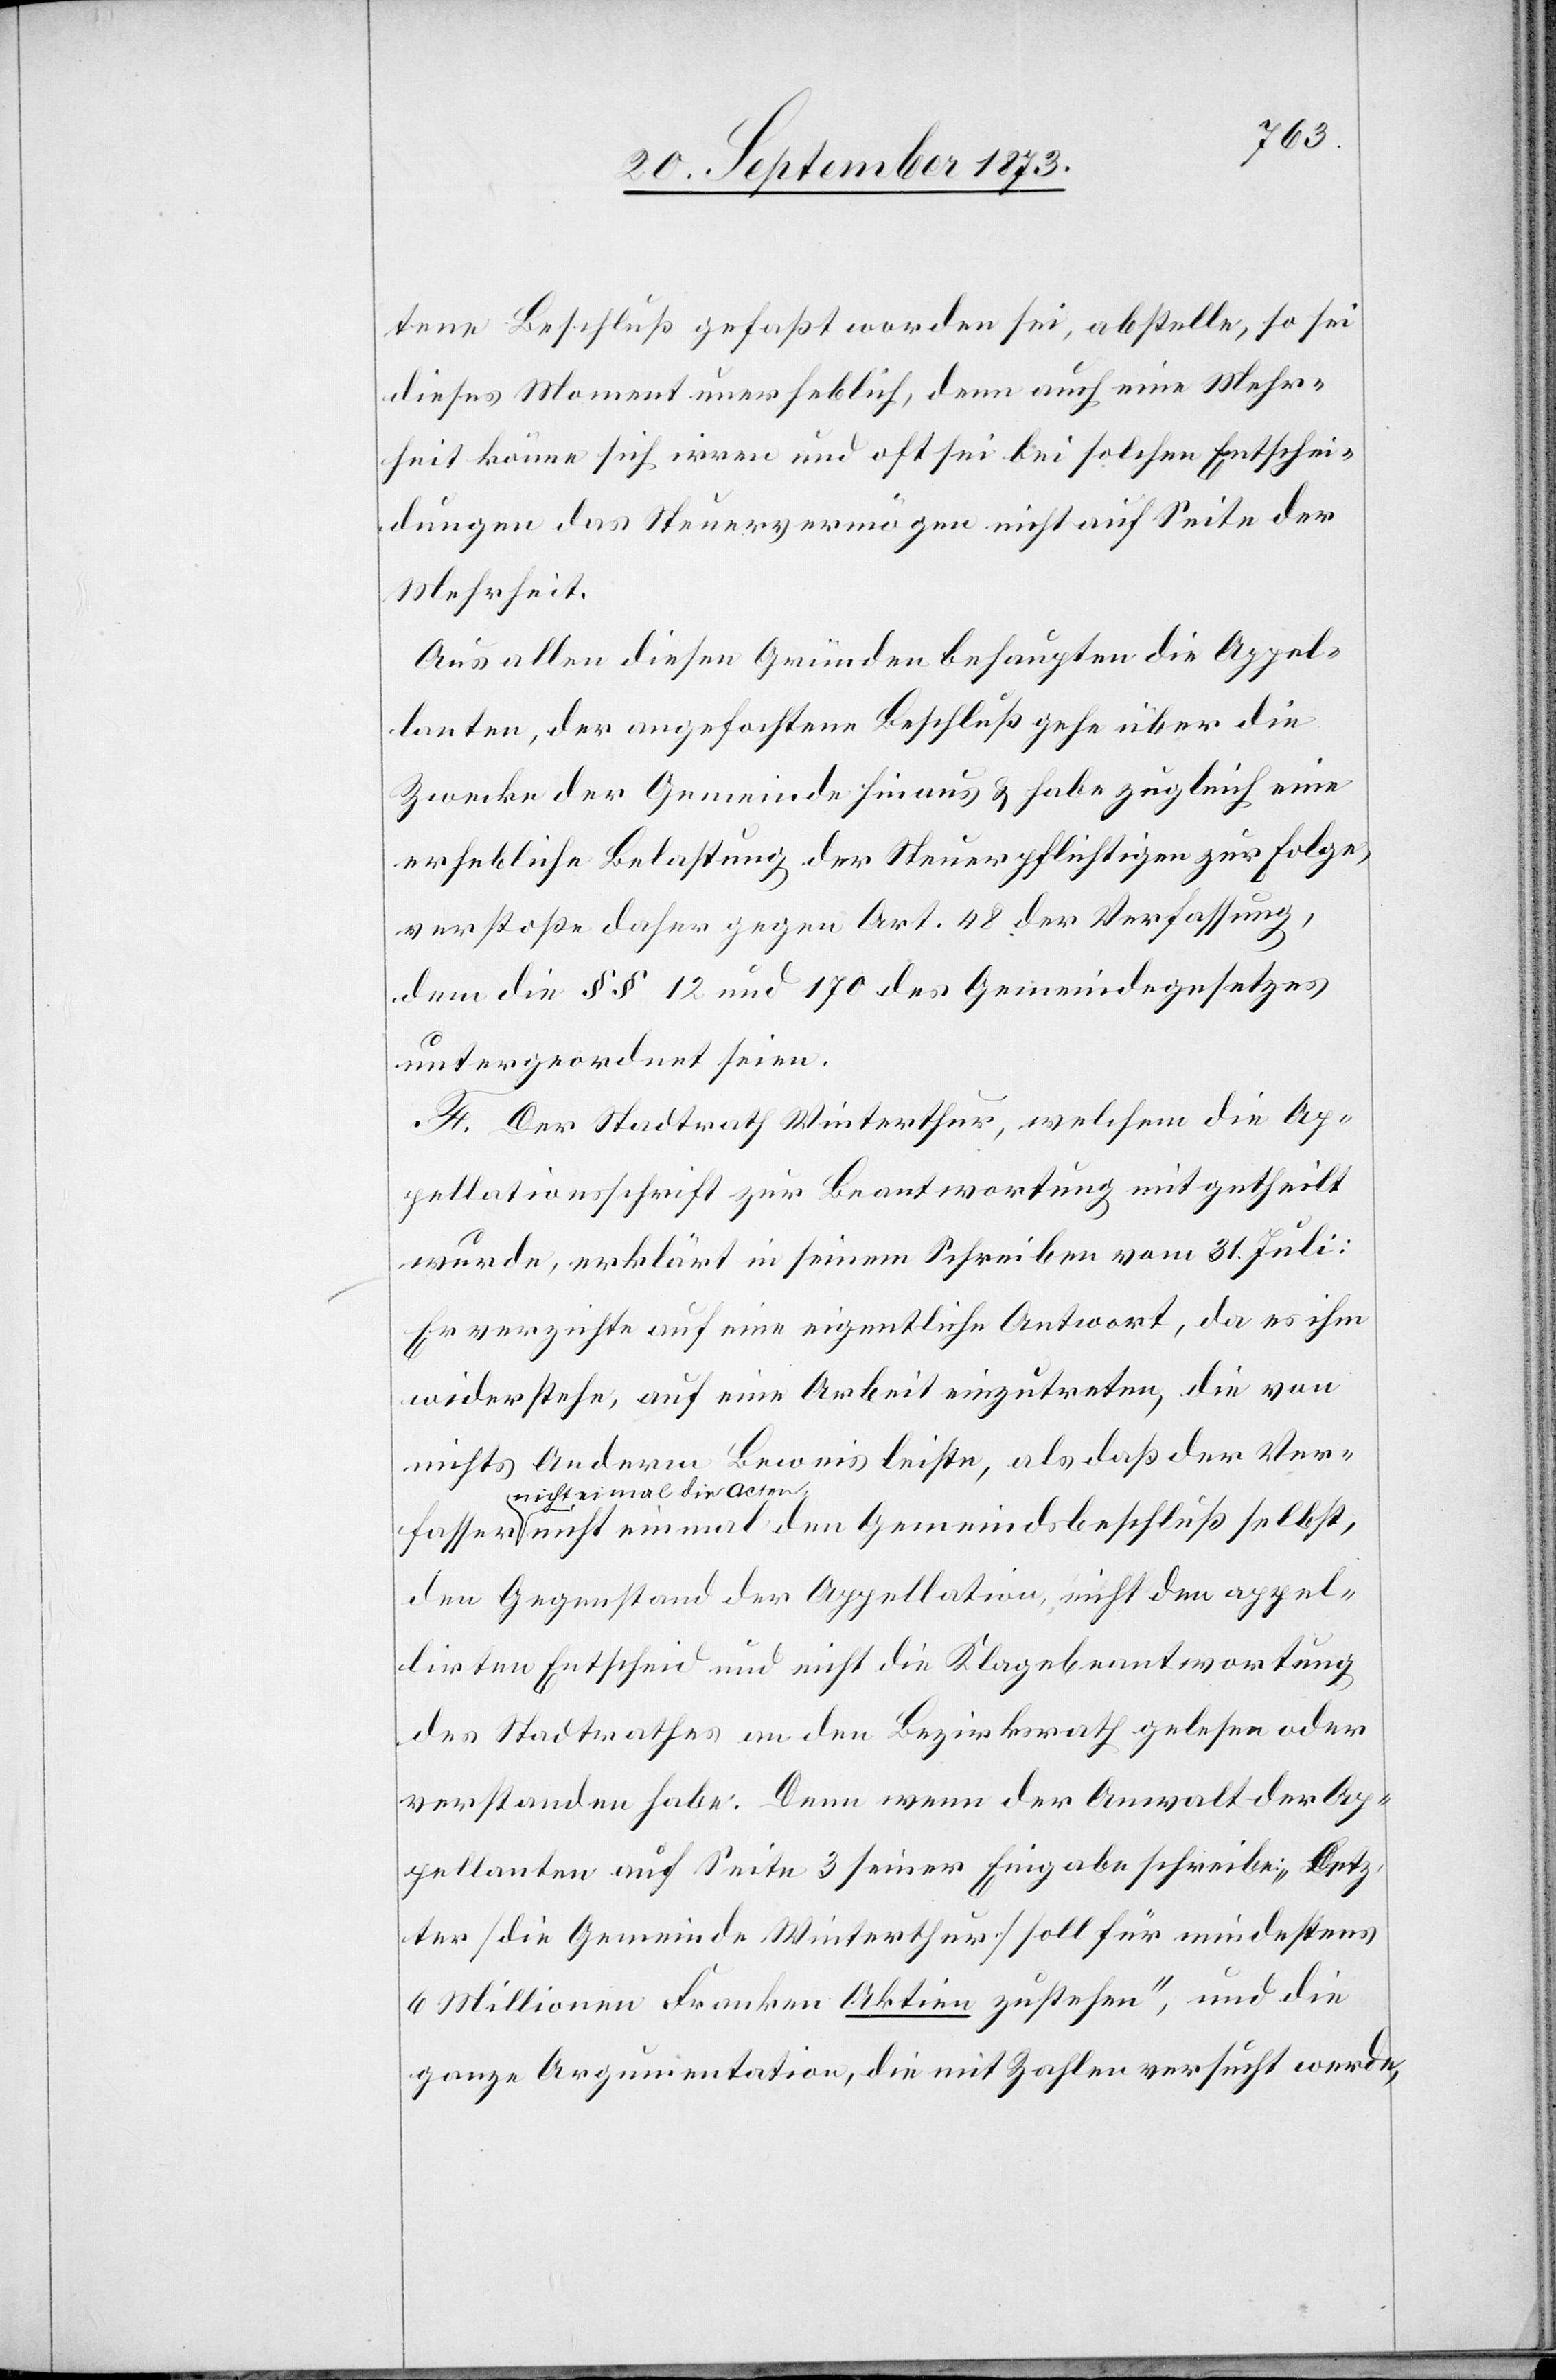
tene Beschluß gefaßt worden sei, abstelle, so sei
dieses Moment unerheblich, denn auch eine Mehr¬
heit könne sich irren und oft sei bei solchen Entschei¬
dungen das Steuervermögen nicht auf Seite der
Mehrheit.
Aus allen diesen Gründen behaupten die Appel¬
lanten, der angefochtene Beschluß gehe über die
Zwecke der Gemeinde hinaus & habe zugleich eine
erhebliche Belastung der Steuerpflichtigen zur Folge,
verstoße daher gegen Art. 48 der Verfassung,
dem die §§ 12 und 170 des Gemeindegesetzes
untergeordnet seien.
F. Der Stadtrath Winterthur, welchem die Ap¬
pellationsschrift zur Beantwortung mitgetheilt
wurde, erklärt in seinem Schreiben vom 31. Juli:
Er verzichte auf eine eigentliche Antwort, da es ihm
widerstehe, auf eine Arbeit einzutreten, die von
nichts Anderm Beweis leiste, als daß der Ver¬
fasser nicht einmal die Acten,
nicht einmal den Gemeindsbeschluß selbst,
den Gegenstand der Appellation, nicht den appel¬
lirten Entscheid und nicht die Klagebeantwortung
des Stadtrathes an den Bezirksrath gelesen oder
verstanden habe. Denn wenn der Anwalt der Ap¬
pellanten auf Seite 3 seiner Eingabe schreibe: „Letz¬
ter [die Gemeinde Winterthur] soll für mindestens
6 Millionen Franken Aktien zustehen“, und die
ganze Argumentation, die mit Zahlen versucht werde,